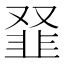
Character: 𩐂